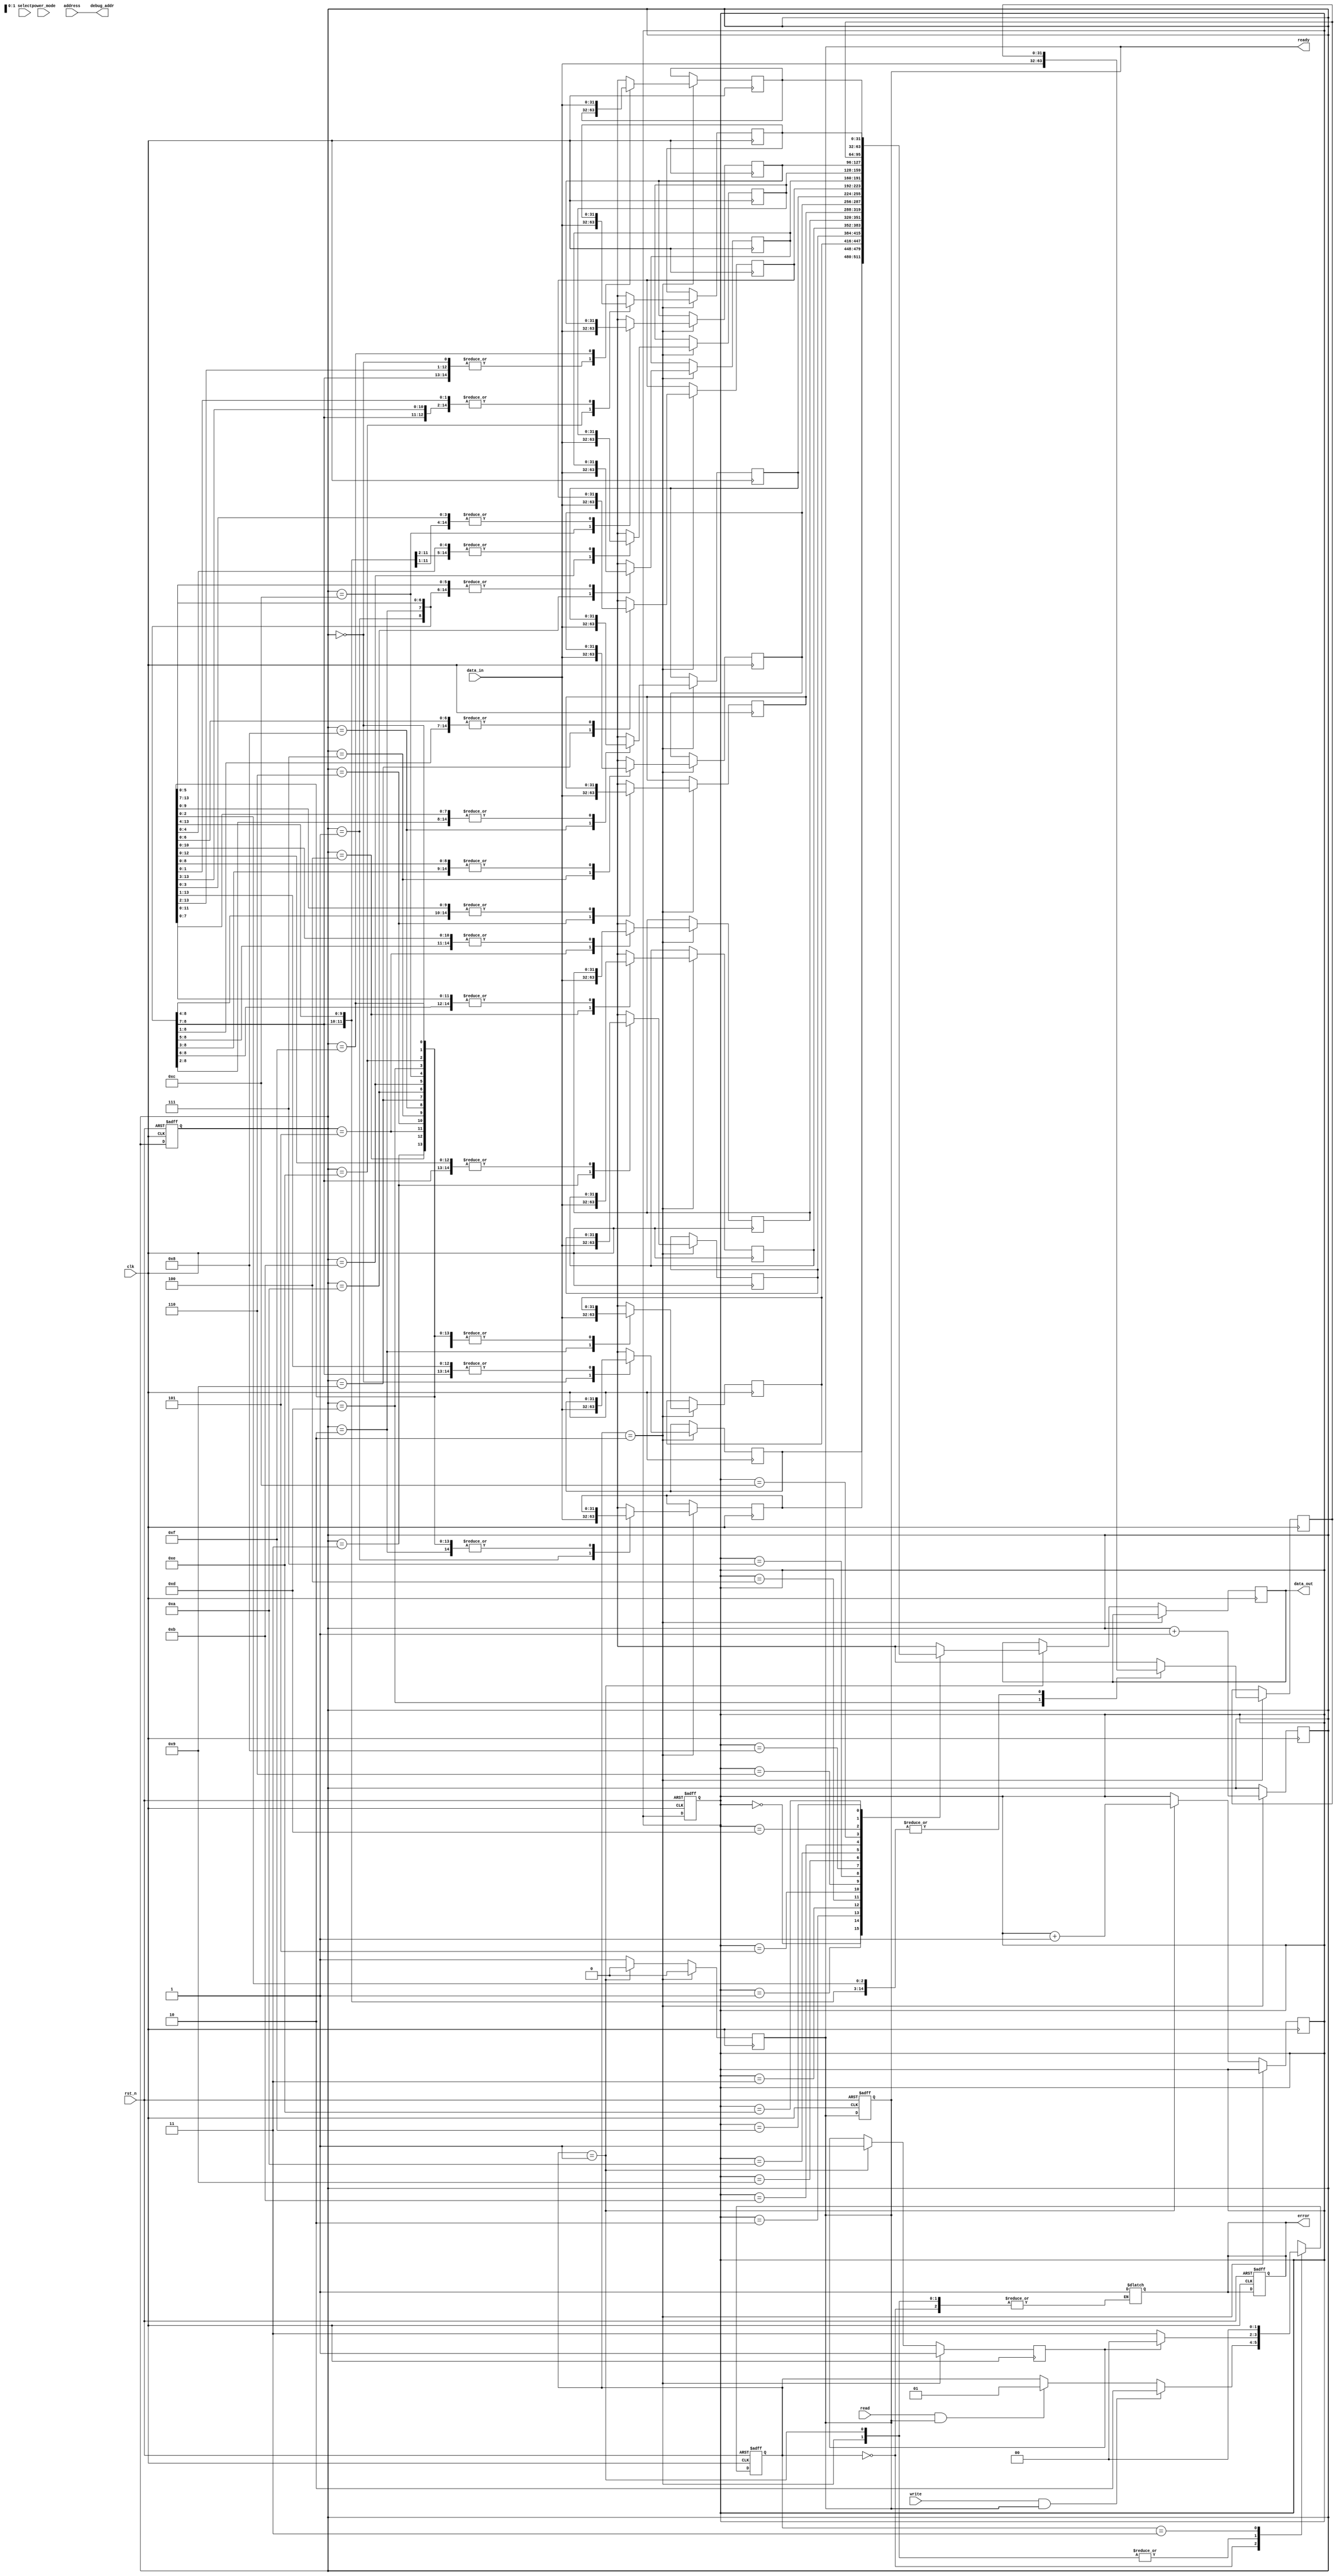
module SSD_IO_Block (
    input wire clk,                 // Clock input
    input wire rst_n,               // Reset input (active low)
    input wire [DATA_WIDTH-1:0] data_in, // Data input
    output reg [DATA_WIDTH-1:0] data_out, // Data output
    input wire read,                // Read command
    input wire write,               // Write command
    output reg ready,               // Ready signal
    input wire select,              // Select signal
    output reg error,               // Error signal
    input wire [ADDRESS_WIDTH-1:0] address, // Address input
    input wire power_mode,          // Power management input
    output reg [ADDRESS_WIDTH-1:0] debug_addr // Debug output
);

    // Parameters
    parameter DATA_WIDTH = 32;      // Data bus width
    parameter ADDRESS_WIDTH = 16;    // Address bus width
    parameter FIFO_DEPTH = 16;       // FIFO depth
    parameter IDLE = 2'b00,          // States
              READ = 2'b01,
              WRITE = 2'b10,
              ERROR = 2'b11;

    // Internal Signals
    reg [DATA_WIDTH-1:0] fifo_buffer [0:FIFO_DEPTH-1];
    reg [1:0] state, next_state;
    reg [3:0] fifo_write_ptr, fifo_read_ptr;
    reg [DATA_WIDTH-1:0] read_data;
    reg data_valid;

    // Clock Management
    always @(posedge clk or negedge rst_n) begin
        if (!rst_n) begin
            state <= IDLE;
            ready <= 1;
            error <= 0;
            fifo_write_ptr <= 0;
            fifo_read_ptr <= 0;
        end else begin
            state <= next_state;
        end
    end

    // State Machine
    always @(*) begin
        next_state = state;
        case (state)
            IDLE: begin
                if (write && ready) begin
                    next_state = WRITE;
                end else if (read && ready) begin
                    next_state = READ;
                end
            end
            WRITE: begin
                if (data_valid) begin
                    next_state = IDLE;
                end else begin
                    next_state = ERROR;
                end
            end
            READ: begin
                if (data_valid) begin
                    next_state = IDLE;
                end else begin
                    next_state = ERROR;
                end
            end
            ERROR: begin
                error = 1;
                next_state = IDLE; // Can be modified to handle error states
            end
        endcase
    end

    // Data Handling
    always @(posedge clk) begin
        if (state == WRITE) begin
            // Implement FIFO write operation and error checking
            fifo_buffer[fifo_write_ptr] = data_in;
            fifo_write_ptr = fifo_write_ptr + 1;
            data_valid = 1; // Example condition
            ready = 0; // Indicate the block is busy
        end else if (state == READ) begin
            // Implement FIFO read operation
            data_out = fifo_buffer[fifo_read_ptr];
            fifo_read_ptr = fifo_read_ptr + 1;
            data_valid = 1; // Example condition
            ready = 0; // Indicate the block is busy
        end else begin
            ready = 1; // Block is ready for new tasks
        end
    end

    // Debugging and Test Access
    assign debug_addr = address;

endmodule